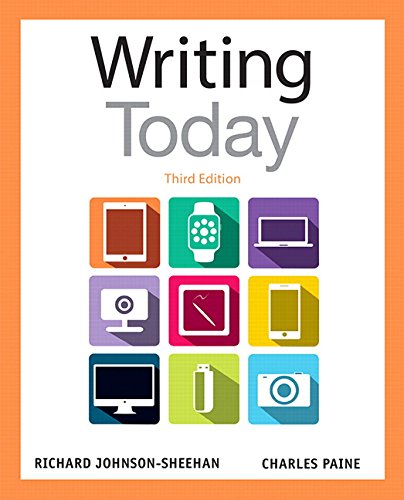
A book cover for Writing Today (3rd Edition); Richard Johnson-Sheehan; Reference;